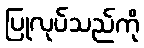
ပြုလုပ်သည်ကို